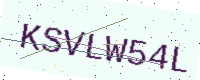
Text: KSVLW54L